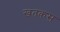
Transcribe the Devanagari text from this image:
खतकस